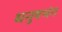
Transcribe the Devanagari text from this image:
धनुषभंग